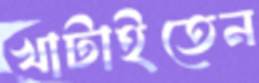
খাটাইতেন